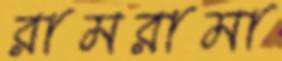
রামরামা